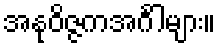
အနုဝိဇ္ဇကအင်္ဂါများ။